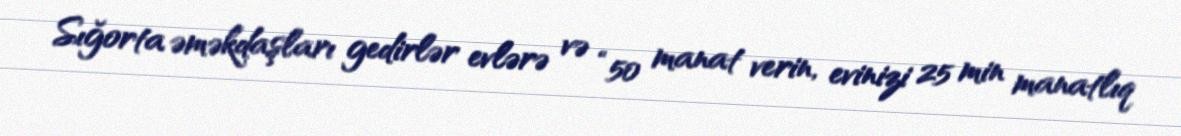
Sığorta əməkdaşları gedirlər evlərə və “50 manat verin, evinizi 25 min manatlıq